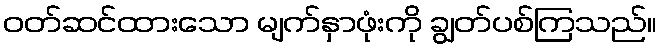
ဝတ်ဆင်ထားသော မျက်နှာဖုံးကို ချွတ်ပစ်ကြသည်။